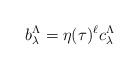
LaTeX: \begin{align*} b^\Lambda_\lambda = \eta(\tau)^\ell c^\Lambda_\lambda\end{align*}